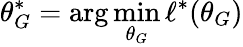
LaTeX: \theta_{G}^{*}=\arg\operatorname*{min}_{\theta_{G}}\ell^{*}(\theta_{G})